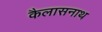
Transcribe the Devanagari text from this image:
कैलासनाथ